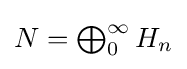
{\textstyle N=\bigoplus _{0}^{\infty }H_{n}}